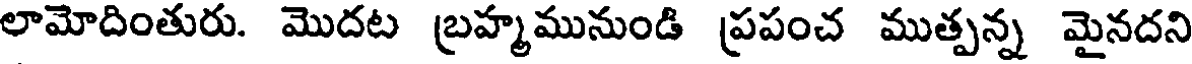
లామోదింతురు. మొదట బ్రహ్మమునుండి ప్రపంచ ముత్పన్న మైనదని